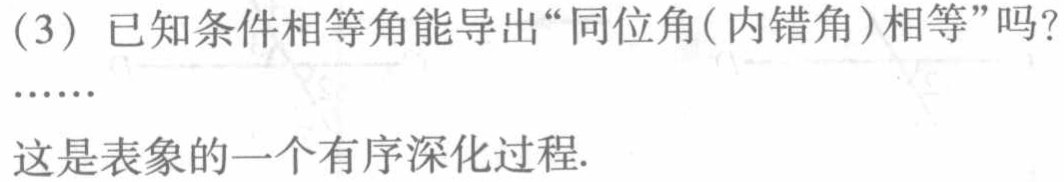
(3) 已知条件相等角能导出“同位角(内错角)相等”吗？
……
这是表象的一个有序深化过程.